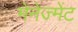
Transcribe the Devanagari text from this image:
मेनेज्मेंट